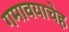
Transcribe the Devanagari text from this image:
गमावयाचेह